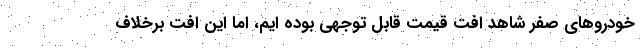
خودروهای صفر شاهد افت قیمت قابل توجهی بوده ایم، اما این افت برخلاف